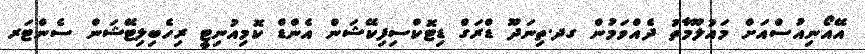
އޭއޯނިއުސްއަށް މައުލޫމާތު ދެއްވަމުން ގދ.ތިނަދޫ ޑްރަގް ޑިޓޮކްސިފިކޭޝަން އެންޑް ކޮމިއުނިޓީ ރިހެބިލިޓޭޝަން ސެންޓަރ